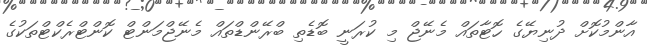
އާންމުކޮށް ދުނިޔޭގެ ހޮޓާތައް މެނޭޖް މި ކުރަނީ ބޮޑެތި ބްރޭންޑްތައް މެނޭޖްމަންޓް ކޮންޓްރެކްޓްތަކުގެ